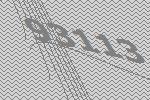
93113